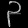
Digit: ၃